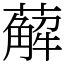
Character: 薢